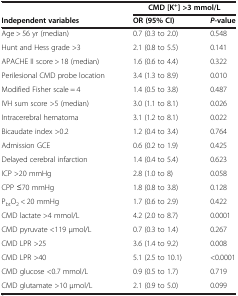
<table><thead><tr><td><b> </b></td><td colspan="2"><b>CMD [K<sup>+</sup>] &gt;3 mmol/L</b></td></tr><tr><td><b>Independent variables</b></td><td><b>OR (95% CI)</b></td><td><b><i>P</i>-value</b></td></tr></thead><tbody><tr><td>Age &gt; 56 yr (median)</td><td>0.7 (0.3 to 2.0)</td><td>0.548</td></tr><tr><td>Hunt and Hess grade &gt;3</td><td>2.1 (0.8 to 5.5)</td><td>0.141</td></tr><tr><td>APACHE II score &gt; 18 (median)</td><td>1.6 (0.6 to 4.4)</td><td>0.322</td></tr><tr><td>Perilesional CMD probe location</td><td>3.4 (1.3 to 8.9)</td><td>0.010</td></tr><tr><td>Modified Fisher scale = 4</td><td>1.4 (0.5 to 3.8)</td><td>0.487</td></tr><tr><td>IVH sum score &gt;5 (median)</td><td>3.0 (1.1 to 8.1)</td><td>0.026</td></tr><tr><td>Intracerebral hematoma</td><td>3.1 (1.2 to 8.1)</td><td>0.022</td></tr><tr><td>Bicaudate index &gt;0.2</td><td>1.2 (0.4 to 3.4)</td><td>0.764</td></tr><tr><td>Admission GCE</td><td>0.6 (0.2 to 1.9)</td><td>0.425</td></tr><tr><td>Delayed cerebral infarction</td><td>1.4 (0.4 to 5.4)</td><td>0.623</td></tr><tr><td>ICP &gt;20 mmHg</td><td>2.8 (1.0 to 8)</td><td>0.058</td></tr><tr><td>CPP ≤70 mmHg</td><td>1.8 (0.8 to 3.8)</td><td>0.128</td></tr><tr><td>P<sub>bt</sub>O<sub>2</sub> &lt; 20 mmHg</td><td>1.7 (0.6 to 2.9)</td><td>0.422</td></tr><tr><td>CMD lactate &gt;4 mmol/L</td><td>4.2 (2.0 to 8.7)</td><td>0.0001</td></tr><tr><td>CMD pyruvate &lt;119 μmol/L</td><td>0.7 (0.3 to 1.4)</td><td>0.267</td></tr><tr><td>CMD LPR &gt;25</td><td>3.6 (1.4 to 9.2)</td><td>0.008</td></tr><tr><td>CMD LPR &gt;40</td><td>5.1 (2.5 to 10.1)</td><td>&lt;0.0001</td></tr><tr><td>CMD glucose &lt;0.7 mmol/L</td><td>0.9 (0.5 to 1.7)</td><td>0.719</td></tr><tr><td>CMD glutamate &gt;10 μmol/L</td><td>2.1 (0.9 to 5.0)</td><td>0.099</td></tr></tbody></table>